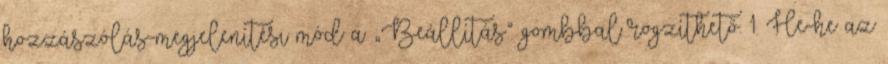
hozzászólás-megjelenítési mód a „Beállítás” gombbal rögzíthető. 1. He-he az